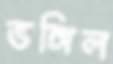
ভঙ্গিল